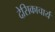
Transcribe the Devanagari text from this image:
देसिकाचार्य